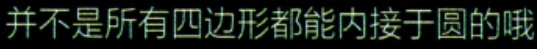
并不是所有四边形都能内接于圆的哦